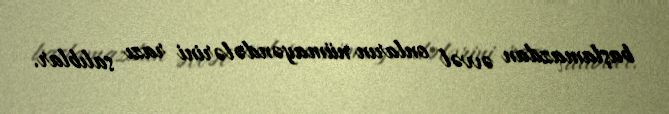
başlamazdan əvvəl onların nümayəndələrini razı salıblar.